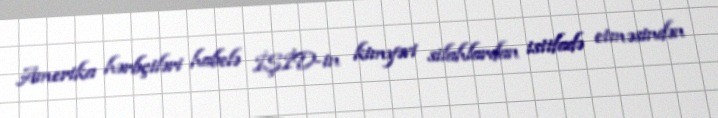
Amerika hərbçiləri habelə İŞİD-in kimyəvi silahlardan istifadə etməsindən